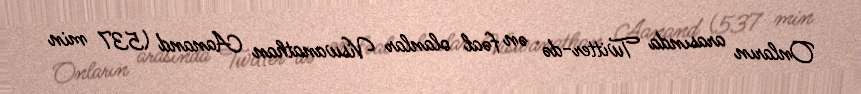
Onların arasında Twitter-də ən fəal olanlar Viswanathan Aanand (537 min